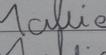
Signature authenticity: forged